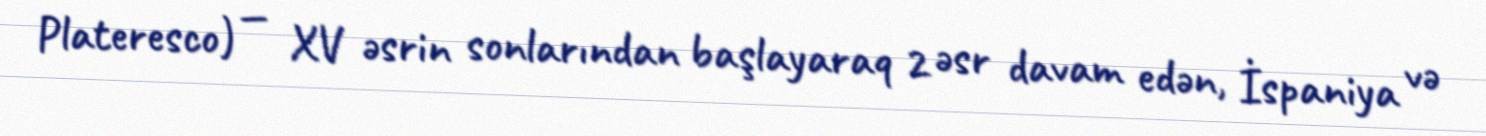
Plateresco) — XV əsrin sonlarından başlayaraq 2 əsr davam edən, İspaniya və